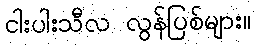
ငါးပါးသီလ လွန်ပြစ်များ။